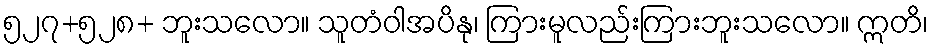
၅၂၇+၅၂၈+ ဘူးသလော။ သူတံဝါအပိနု၊ ကြားမူလည်းကြားဘူးသလော။ ဣတိ၊